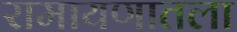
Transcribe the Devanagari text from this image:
रामायणातला